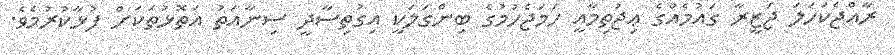
ރާއްޖެކަހަލަ ޖަޒީރާ ގައުމެއްގެ ޢިޖުތިމާއީ ހަމަޖެހުމުގެ ބިންގަލަކީ އިގުތިސާދީ ސިނާއަތު އަތޮޅުތަކަށް ފުޅާކުރުމެވެ.